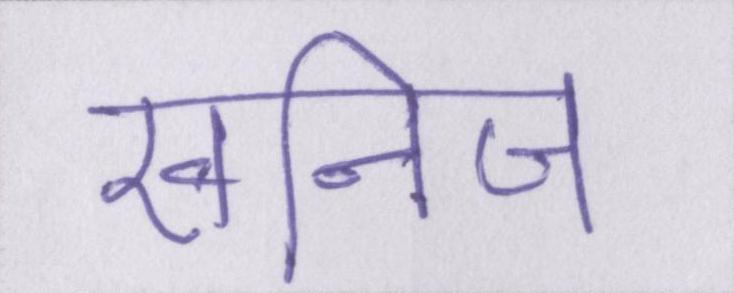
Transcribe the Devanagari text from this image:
खनिज